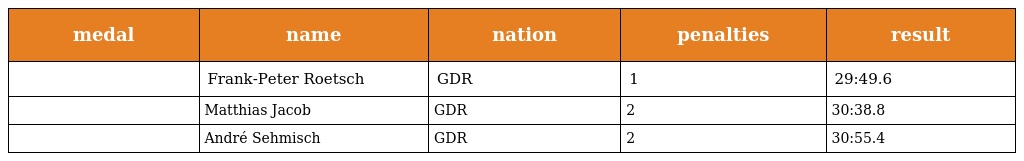
| medal | name | nation | penalties | result |
 | --- | --- | --- | --- | --- |
 |  | Frank-Peter Roetsch | GDR | 1 | 29:49.6 |
 |  | Matthias Jacob | GDR | 2 | 30:38.8 |
 |  | André Sehmisch | GDR | 2 | 30:55.4 |